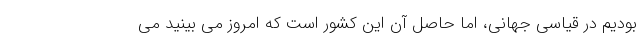
بودیم در قیاسی جهانی، اما حاصل آن این کشور است که امروز می بینید می